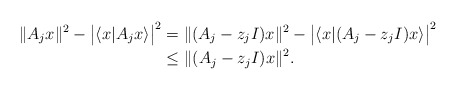
\begin{align*}\|A_j x\|^2-\big|\langle x| A_j x\rangle\big|^2 &= \|(A_j-z_j I) x\|^2-\big|\langle x|(A_j-z_j I) x\rangle\big|^2\\ &\leq \|(A_j-z_jI)x\|^2.\end{align*}